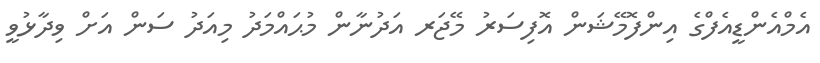
އެމްއެންޑީއެފްގެ އިންފޮމޭޝަން އޮފިސަރު މޭޖަރ އަދުނާން މުޙައްމަދު މިއަދު ސަން އަށް ވިދާޅުވީ